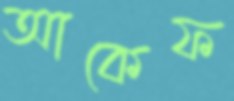
আকেফ